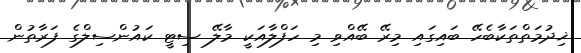
ޚިދުމަތްތަކާބެހޭ ބައިގައި މިރޭ ބޭއްވި މި ހަފްލާއަކީ މާލޭ ސިޓީ ކައުންސިލްގެ ފަރާތުން